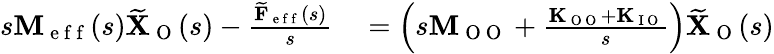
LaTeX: \begin{array}{rl}{s\mathbf{M}_{\mathrm{~e~f~f~}}(s)\widetilde{\mathbf{X}}_{\mathrm{~O~}}(s)-\frac{\widetilde{\mathbf{F}}_{\mathrm{~e~f~f~}}(s)}{s}}&{{}=\left(s\mathbf{M}_{\mathrm{~O~O~}}+\frac{\mathbf{K}_{\mathrm{~O~O~}}+\mathbf{K}_{\mathrm{~I~O~}}}{s}\right)\widetilde{\mathbf{X}}_{\mathrm{~O~}}(s)}\end{array}